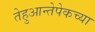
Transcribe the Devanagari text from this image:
तेहुआन्तेपेकच्या